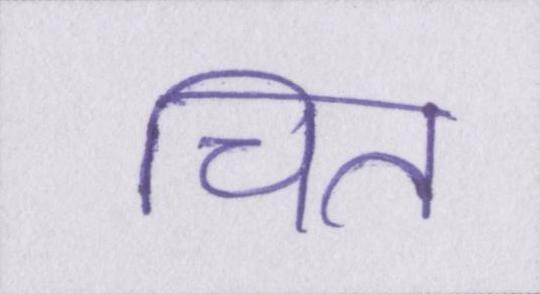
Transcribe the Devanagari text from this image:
चित